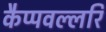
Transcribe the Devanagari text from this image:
कैप्पवल्लरि